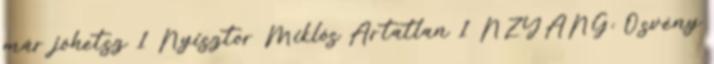
már jöhetsz 1 Nyisztor Miklós Ártatlan 1 NZYANG: Ösvény